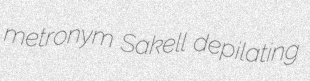
metronym Sakell depilating